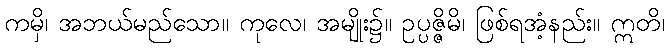
ကမှိ၊ အဘယ်မည်သော။ ကုလေ၊ အမျိုး၌။ ဥပ္ပဇ္ဇိမိ၊ ဖြစ်ရအံ့နည်း။ ဣတိ၊